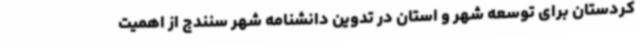
کردستان برای توسعه شهر و استان در تدوین دانشنامه شهر سنندج از اهمیت